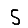
Digit: 5